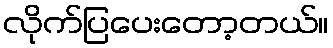
လိုက်ပြပေးတော့တယ်။